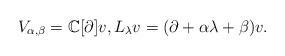
LaTeX: \begin{align*}V_{\alpha,\beta}=\mathbb{C}[\partial]v,L_\lambda v=(\partial+\alpha\lambda+\beta)v. \end{align*}